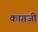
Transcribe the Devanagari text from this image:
काग़जी